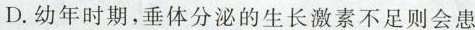
D.幼年时期，垂体分泌的生长激素不足则会患